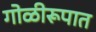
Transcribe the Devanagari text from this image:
गोळीरूपात